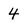
Character: 4